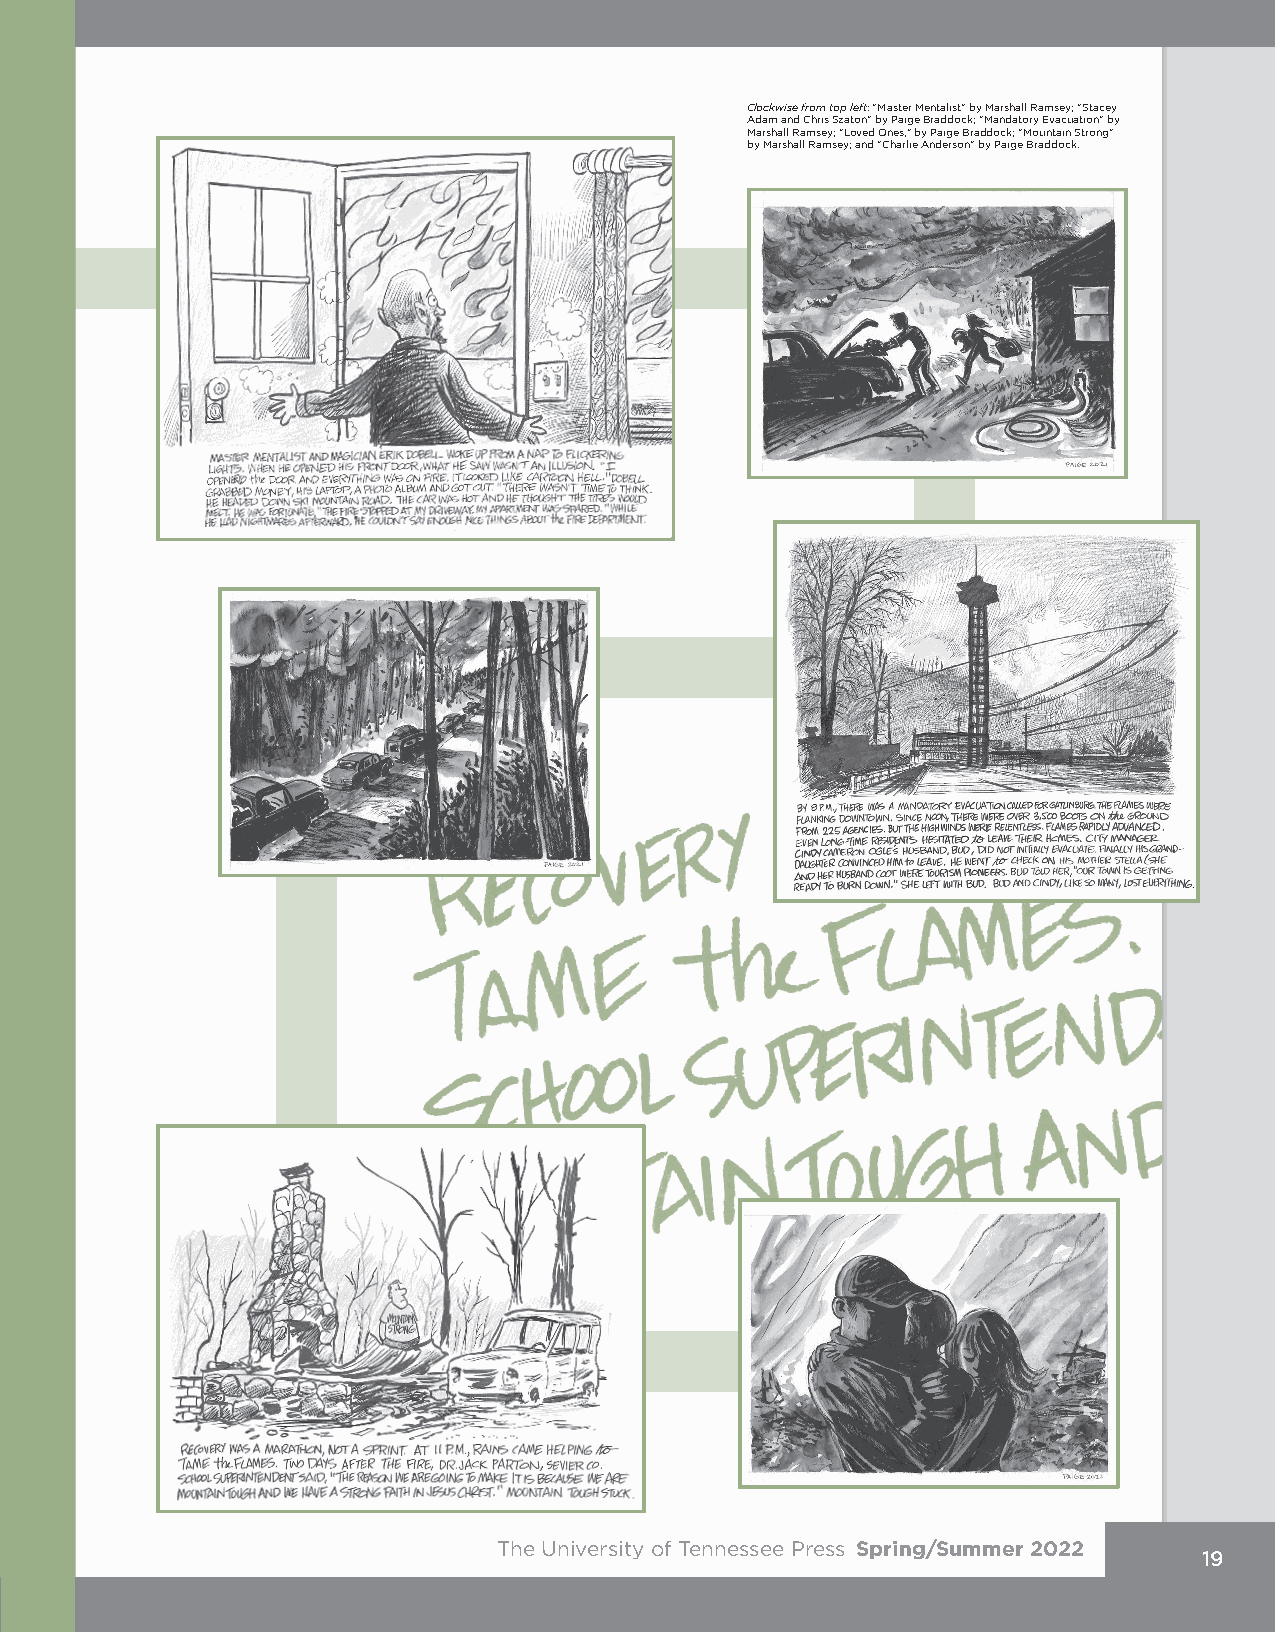
Clockwise from top left: "Master Mentalist" by Marshall Ramsey; "Stacey
 Adam and Chris Szaton" by Paige Braddock; "Mandatory Evacuation" by
 Marshall Ramsey; "Loved Ones," by Paige Braddock; "Mountain Strong"
 by Marshall Ramsey; and "Charlie Anderson" by Paige Braddock.
 The University of Tennessee Press Spring/Summer 2022
 19